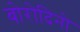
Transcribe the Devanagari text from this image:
बोरोदिनो